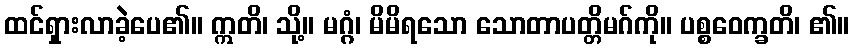
ထင်ရှားလာခဲ့ပေ၏။ ဣတိ၊ သို့။ မဂ္ဂံ၊ မိမိရသော သောတာပတ္တိမဂ်ကို။ ပစ္စဝေက္ခတိ၊ ၏။